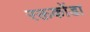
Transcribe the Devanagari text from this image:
रक्तकोंडा